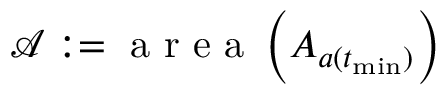
\mathcal { A } : = \mathrm { ~ a ~ r ~ e ~ a ~ } \left( A _ { a ( t _ { \operatorname* { m i n } } ) } \right)